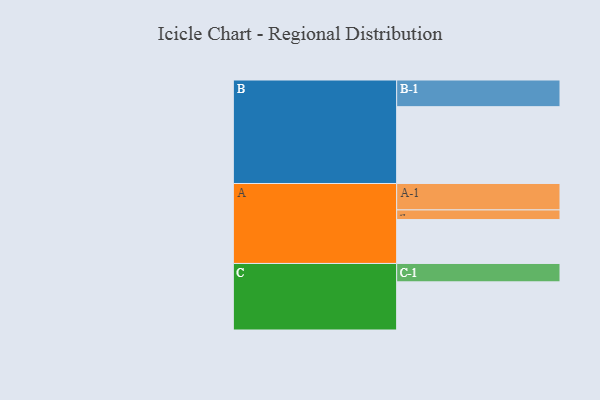
{"axis": {"x": "Segment", "y": "Value"}, "legend": ["", "A", "B", "C"], "data": [{"x": "A", "y": 317, "type": ""}, {"x": "B", "y": 555, "type": ""}, {"x": "C", "y": 348, "type": ""}, {"x": "A-1", "y": 191, "type": "A"}, {"x": "A-2", "y": 70, "type": "A"}, {"x": "B-1", "y": 193, "type": "B"}, {"x": "C-1", "y": 133, "type": "C"}]}